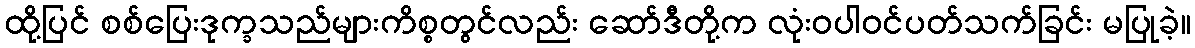
ထို့ပြင် စစ်ပြေးဒုက္ခသည်များကိစ္စတွင်လည်း ဆော်ဒီတို့က လုံးဝပါဝင်ပတ်သက်ခြင်း မပြုခဲ့။